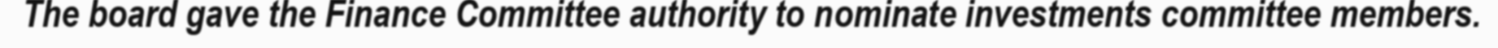
The board gave the Finance Committee authority to nominate investments committee members.